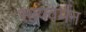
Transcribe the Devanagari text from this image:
सत्यवर्मन